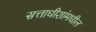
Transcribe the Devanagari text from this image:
सत्ताधीशांमधील